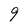
Character: 9